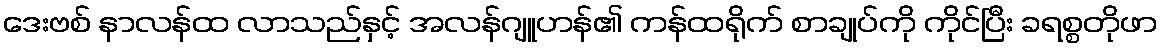
ဒေးဗစ် နာလန်ထ လာသည်နှင့် အလန်ဂျူဟန်၏ ကန်ထရိုက် စာချုပ်ကို ကိုင်ပြီး ခရစ္စတိုဖာ